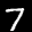
Label: 7